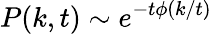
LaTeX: P(k,t)\sim e^{-t\phi(k/t)}